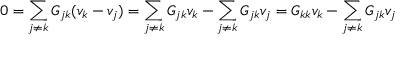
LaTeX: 0 = \sum _ { j \neq k } G _ { j k } ( v _ { k } - v _ { j } ) = \sum _ { j \neq k } G _ { j k } v _ { k } - \sum _ { j \neq k } G _ { j k } v _ { j } = G _ { k k } v _ { k } - \sum _ { j \neq k } G _ { j k } v _ { j }